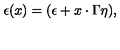
\epsilon ( x ) = ( \epsilon + x \cdot \Gamma \eta ) ,